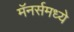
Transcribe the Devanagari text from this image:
मॅनर्समध्ये